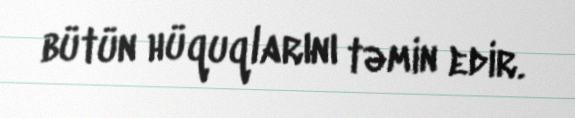
bütün hüquqlarını təmin edir.